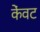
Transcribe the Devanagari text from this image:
केंवट